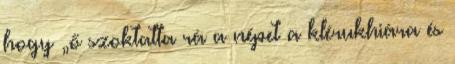
hogy „ő szoktatta rá a népet a klérukhiára és